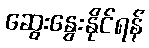
ဆွေးနွေးနိုင်ရန်